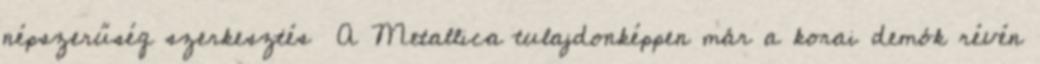
népszerűség szerkesztés A Metallica tulajdonképpen már a korai demók révén